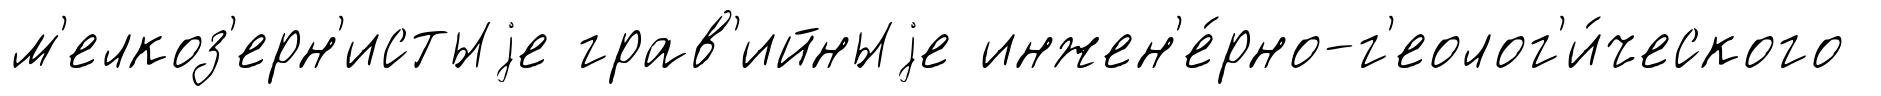
м'елкоз'ерн'истыjе грав'ийныjе инжен'е́рно-г'еолог'и́ческого